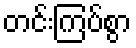
တင်းကြပ်စွာ